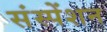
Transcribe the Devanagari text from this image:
संस्पेंशन